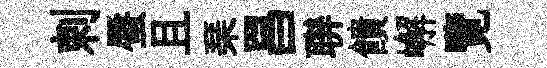
剌蜃且琹昌聨饋嶰覽